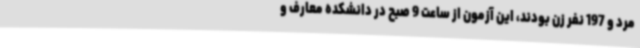
مرد و 197 نفر زن بودند، این آزمون از ساعت 9 صبح در دانشکده معارف و